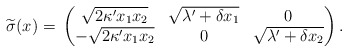
\begin{align*}\widetilde{\sigma}(x)= \,\begin{pmatrix}\sqrt{2\kappa' x_1 x_2} & \sqrt{\lambda' +\delta x_1} & 0\\-\sqrt{2\kappa' x_1 x_2}& 0& \sqrt{\lambda' +\delta x_2}\end{pmatrix}.\end{align*}